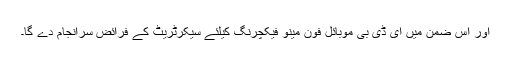
اور اس ضمن میں ای ڈی بی موبائل فون مینو فیکچرنگ کیلئے سیکرٹریٹ کے فرائض سرانجام دے گا۔